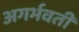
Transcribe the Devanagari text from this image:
अगर्भवती